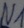
Text: N1